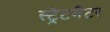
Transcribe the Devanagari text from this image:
स्ट्रेटमैटर